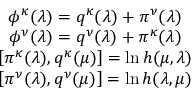
\begin{array} { c } { { \phi ^ { \kappa } ( \lambda ) = q ^ { \kappa } ( \lambda ) + \pi ^ { \nu } ( \lambda ) } } \\ { { \phi ^ { \nu } ( \lambda ) = q ^ { \nu } ( \lambda ) + \pi ^ { \kappa } ( \lambda ) } } \\ { { \left[ \pi ^ { \kappa } ( \lambda ) , q ^ { \kappa } ( \mu ) \right] = \ln h ( \mu , \lambda ) } } \\ { { \left[ \pi ^ { \nu } ( \lambda ) , q ^ { \nu } ( \mu ) \right] = \ln h ( \lambda , \mu ) } } \end{array}